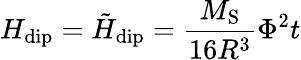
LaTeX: H_{\mathrm{dip}}=\tilde{H}_{\mathrm{dip}}=\frac{M_{\mathrm{S}}}{16R^{3}}\Phi^{2}t